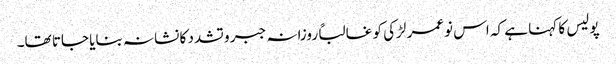
پولیس کا کہنا ہے کہ اس نوعمر لڑکی کو غالباً روزانہ جبر و تشدد کا نشانہ بنایا جاتا تھا۔